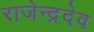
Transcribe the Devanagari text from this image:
राजेन्द्रदेव